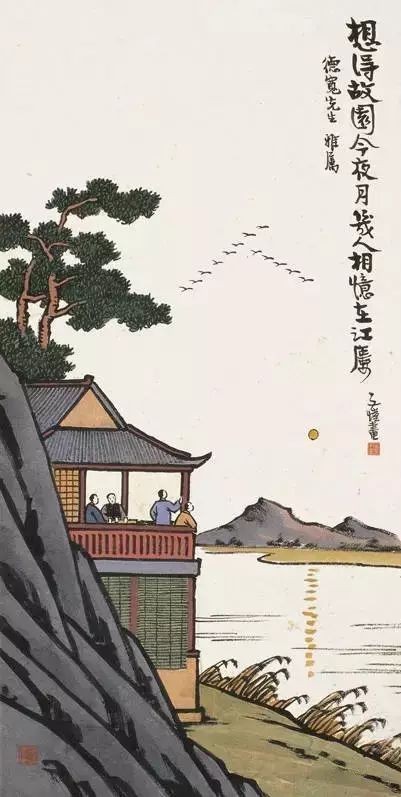
细数十年事，十处过中秋。